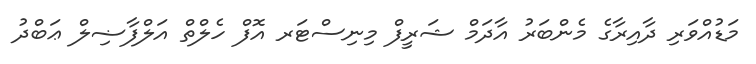
މަޑުއްވަރި ދާއިރާގެ މެންބަރު އާދަމް ޝަރީފް މިނިސްޓަރ އޮފް ހެލްތް އަލްފާޟިލް ޢަބްދު